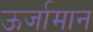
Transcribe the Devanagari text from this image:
ऊर्जामान